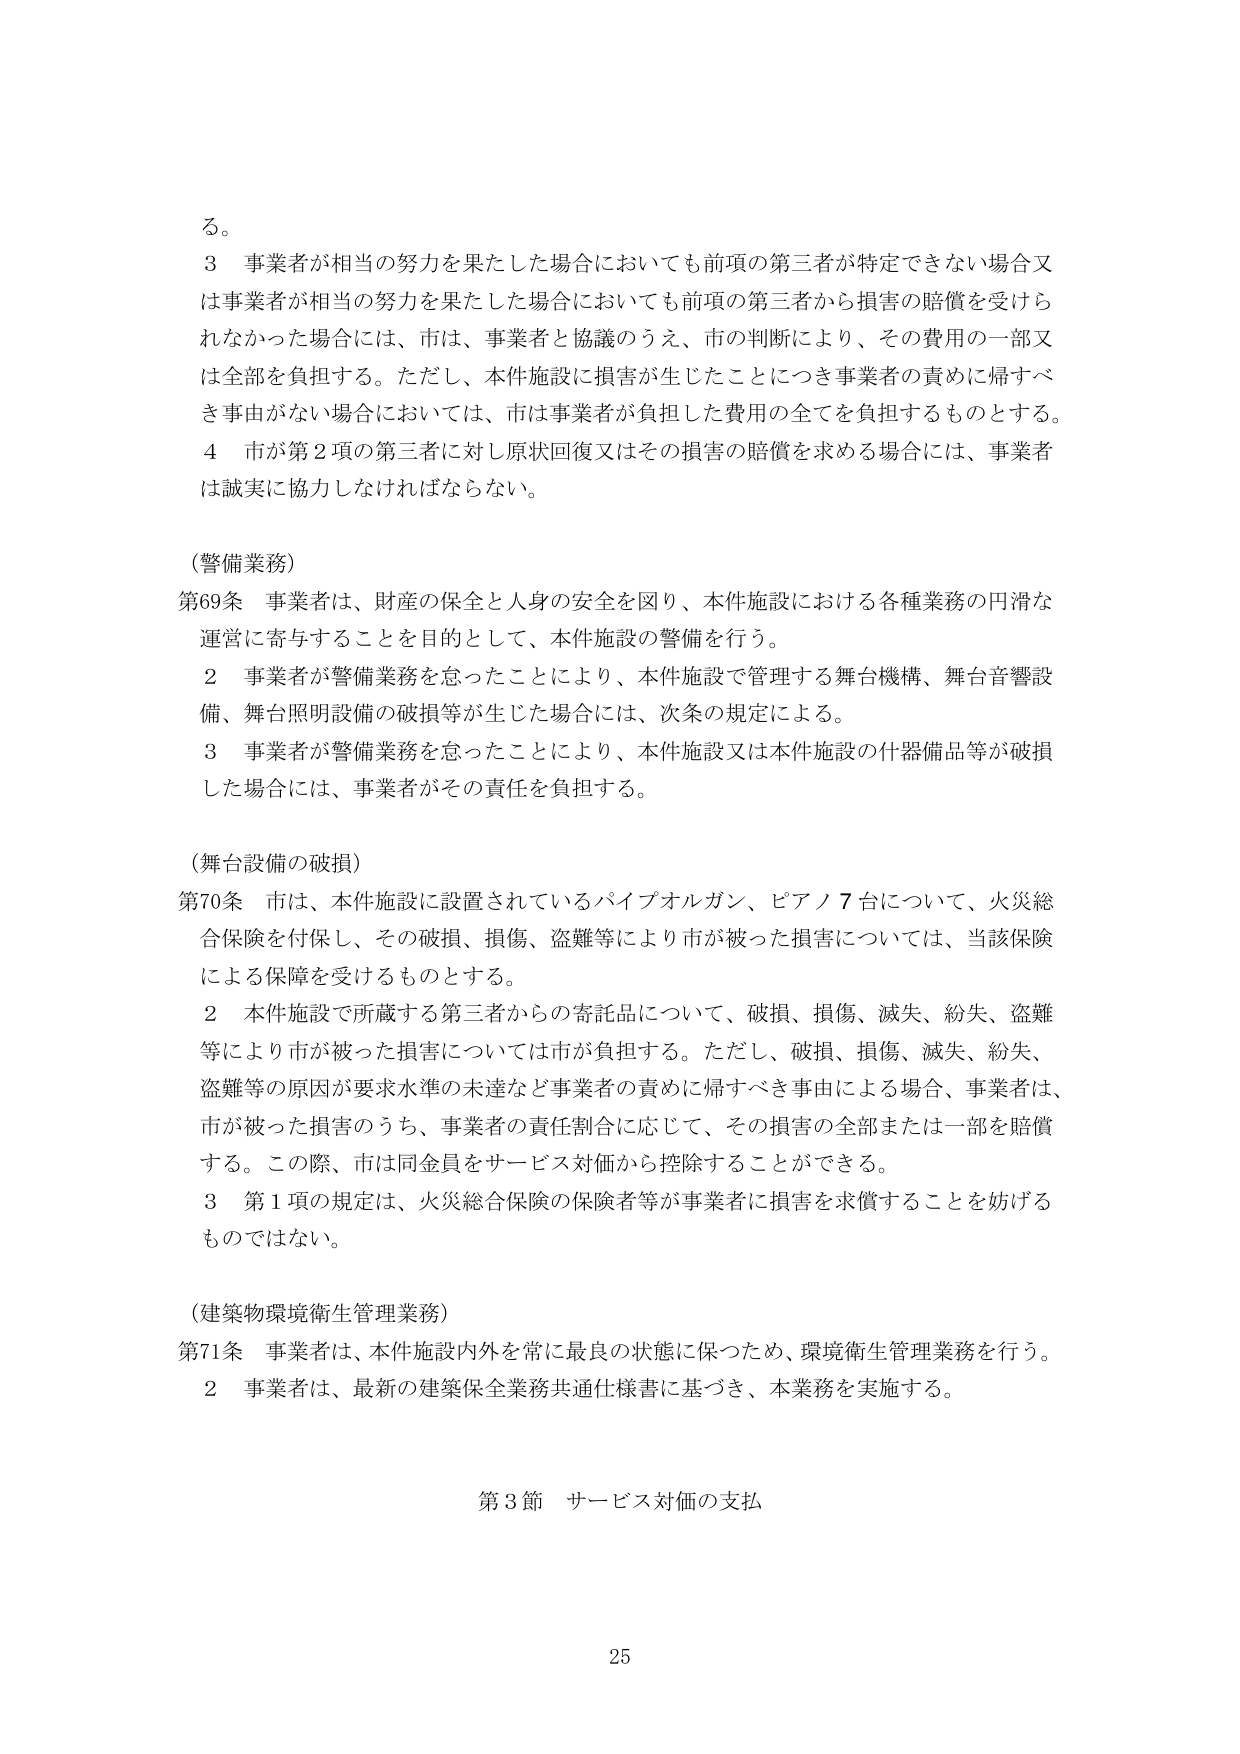
る。

３ 事業者が相当の努力を果たした場合においても前項の第三者が特定できない場合又は事業者が相当の努力を果たした場合においても前項の第三者から損害の賠償を受けられなかった場合には、市は、事業者と協議のうえ、市の判断により、その費用の一部又は全部を負担する。ただし、本件施設に損害が生じたことにつき事業者の責めに帰すべき事由がない場合においては、市は事業者が負担した費用の全てを負担するものとする。

４ 市が第２項の第三者に対し原状回復又はその損害の賠償を求める場合には、事業者は誠実に協力しなければならない。

（警備業務）

第69条 事業者は、財産の保全と人身の安全を図り、本件施設における各種業務の円滑な運営に寄与することを目的として、本件施設の警備を行う。

２ 事業者が警備業務を怠ったことにより、本件施設で管理する舞台機構、舞台音響設備、舞台照明設備の破損等が生じた場合には、次条の規定による。

３ 事業者が警備業務を怠ったことにより、本件施設又は本件施設の什器備品等が破損した場合には、事業者がその責任を負担する。

（舞台設備の破損）

第70条 市は、本件施設に設置されているパイプオルガン、ピアノ７台について、火災総合保険を付保し、その破損、損傷、盗難等により市が被った損害については、当該保険による保障を受けるものとする。

２ 本件施設で所蔵する第三者からの寄託品について、破損、損傷、滅失、紛失、盗難等により市が被った損害については市が負担する。ただし、破損、損傷、滅失、紛失、盗難等の原因が要求水準の未達など事業者の責めに帰すべき事由による場合、事業者は、市が被った損害のうち、事業者の責任割合に応じて、その損害の全部または一部を賠償する。この際、市は同金員をサービス対価から控除することができる。

３ 第１項の規定は、火災総合保険の保険者等が事業者に損害を求償することを妨げるものではない。

（建築物環境衛生管理業務）

第71条 事業者は、本件施設内外を常に最良の状態に保つため、環境衛生管理業務を行う。

２ 事業者は、最新の建築保全業務共通仕様書に基づき、本業務を実施する。

第３節 サービス対価の支払

25